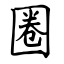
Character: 圈